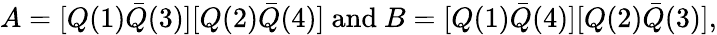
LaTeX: A=[Q(1)\bar{Q}(3)][Q(2)\bar{Q}(4)]\ \mathrm{and}\ B=[Q(1)\bar{Q}(4)][Q(2)\bar{Q}(3)],